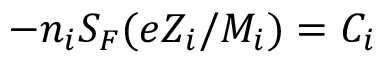
- n _ { i } S _ { F } ( e Z _ { i } / M _ { i } ) = C _ { i }